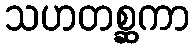
သဟတစ္ဆကာ